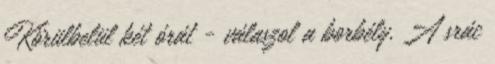
Körülbelül két órát - válaszol a borbély. A srác